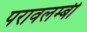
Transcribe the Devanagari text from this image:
परावलम्बी